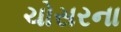
ચોસરના